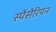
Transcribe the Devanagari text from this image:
स्पेंसेरियन